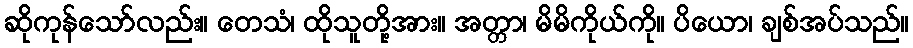
ဆိုကုန်သော်လည်း။ တေသံ၊ ထိုသူတို့အား။ အတ္တာ၊ မိမိကိုယ်ကို။ ပိယော၊ ချစ်အပ်သည်။